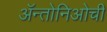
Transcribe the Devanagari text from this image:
ॲन्तोनिओची